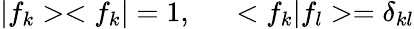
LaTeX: |f_{k}><f_{k}|=1,~~~~~<f_{k}|f_{l}>=\delta_{kl}